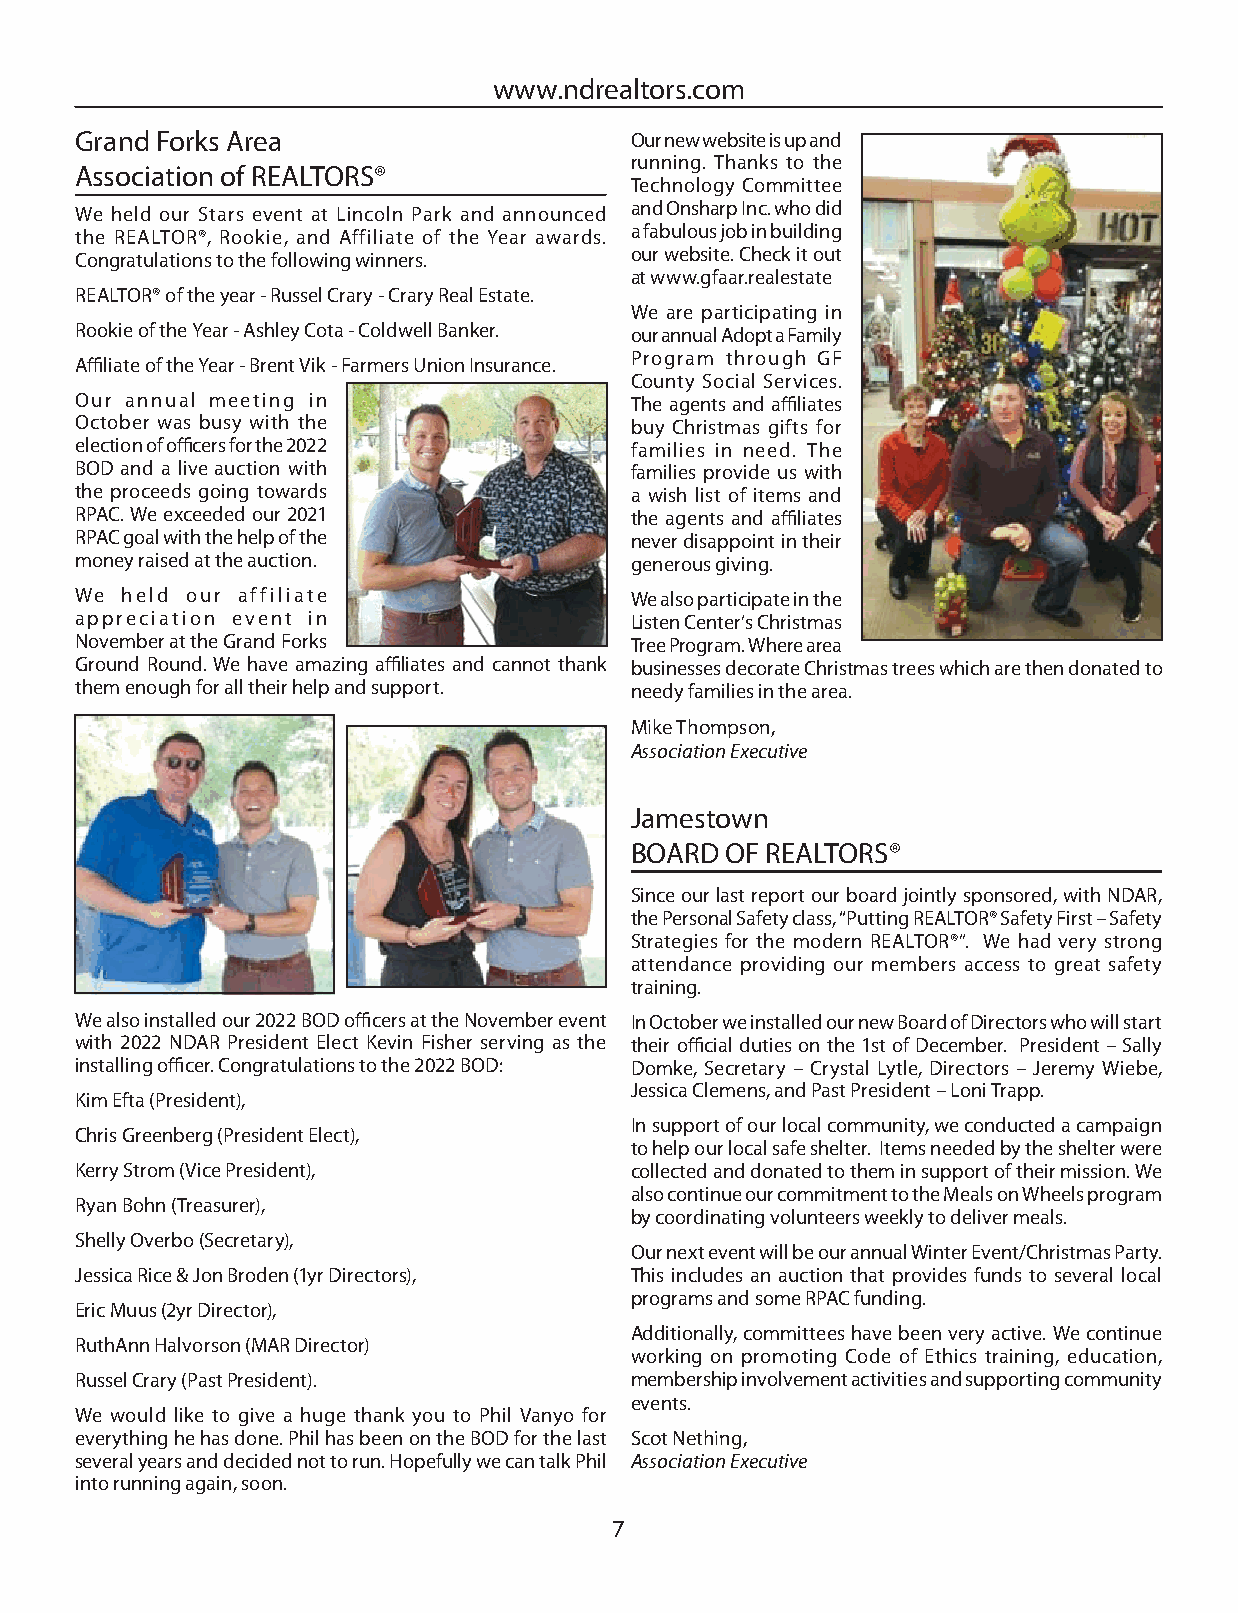
www.ndrealtors.com
 Grand Forks Area                     Our new website is up and
 running. Thanks to the
 Association of REALTORS®
 Technology Committee
 We held our Stars event at Lincoln Park and announced and Onsharp Inc. who did
 the REALTOR®, Rookie, and Affiliate of the Year awards. a fabulous job in building
 Congratulations to the following winners. our website. Check it out
 at www.gfaar.realestate
 REALTOR® of the year - Russel Crary - Crary Real Estate.
 We are participating in
 Rookie of the Year - Ashley Cota - Coldwell Banker. our annual Adopt a Family
 Program through GF
 Affi liate of the Year - Brent Vik - Farmers Union Insurance.
 County Social Services.
 Our annual meeting in                The agents and affi liates
 October was busy with the            buy Christmas gifts for
 election of offi cers for the 2022   families in need. The
 BOD and a live auction with          families provide us with
 the proceeds going towards           a wish list of items and
 RPAC. We exceeded our 2021           the agents and affi liates
 RPAC goal with the help of the       never disappoint in their
 money raised at the auction.         generous giving.
 We held our affiliate                We also participate in the
 appreciation event in                Listen Center’s Christmas
 November at the Grand Forks          Tree Program. Where area
 Ground Round. We have amazing affi liates and cannot thank businesses decorate Christmas trees which are then donated to
 them enough for all their help and support. needy families in the area.
 Mike Thompson,
 Association Executive
 Jamestown
 BOARD OF REALTORS®
 Since our last report our board jointly sponsored, with NDAR,
 the Personal Safety class, “Putting REALTOR® Safety First – Safety
 Strategies for the modern REALTOR®”. We had very strong
 attendance providing our members access to great safety
 training.
 We also installed our 2022 BOD offi cers at the November event In October we installed our new Board of Directors who will start
 with 2022 NDAR President Elect Kevin Fisher serving as the their offi cial duties on the 1st of December. President – Sally
 installing offi cer. Congratulations to the 2022 BOD: Domke, Secretary – Crystal Lytle, Directors – Jeremy Wiebe,
 Jessica Clemens, and Past President – Loni Trapp.
 Kim Efta (President),
 In support of our local community, we conducted a campaign
 Chris Greenberg (President Elect),
 to help our local safe shelter. Items needed by the shelter were
 Kerry Strom (Vice President),        collected and donated to them in support of their mission. We
 also continue our commitment to the Meals on Wheels program
 Ryan Bohn (Treasurer),
 by coordinating volunteers weekly to deliver meals.
 Shelly Overbo (Secretary),
 Our next event will be our annual Winter Event/Christmas Party.
 Jessica Rice & Jon Broden (1yr Directors), This includes an auction that provides funds to several local
 programs and some RPAC funding.
 Eric Muus (2yr Director),
 Additionally, committees have been very active. We continue
 RuthAnn Halvorson (MAR Director)
 working on promoting Code of Ethics training, education,
 Russel Crary (Past President).       membership involvement activities and supporting community
 events.
 We would like to give a huge thank you to Phil Vanyo for
 everything he has done. Phil has been on the BOD for the last Scot Nething,
 several years and decided not to run. Hopefully we can talk Phil Association Executive
 into running again, soon.
 7